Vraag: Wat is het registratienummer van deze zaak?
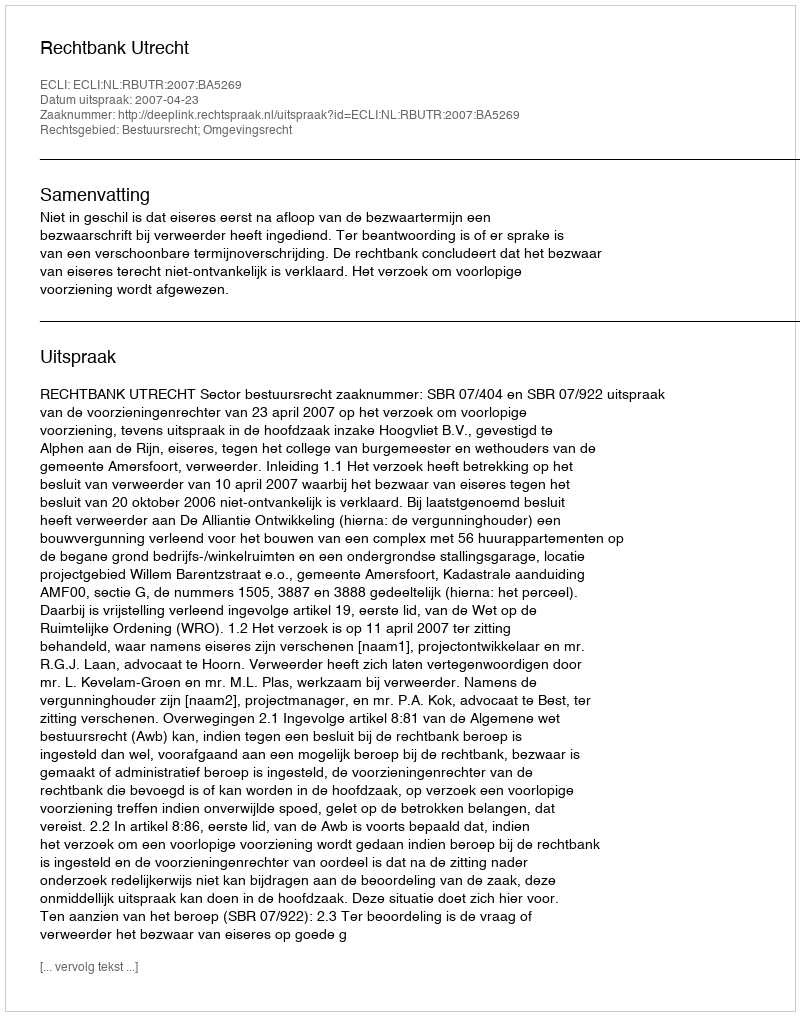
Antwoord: http://deeplink.rechtspraak.nl/uitspraak?id=ECLI:NL:RBUTR:2007:BA5269